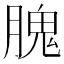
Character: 𦞙